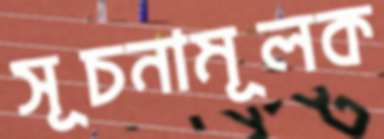
সূচনামূলক